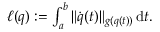
\begin{array} { r } { \ell ( q ) : = \int _ { a } ^ { b } \| \dot { q } ( t ) \| _ { g ( q ( t ) ) } \, \mathrm { d } t . } \end{array}